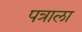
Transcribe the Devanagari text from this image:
पत्राला